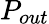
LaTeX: P_{out}